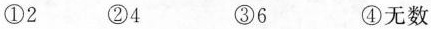
①2 ②4 ③6 ④无数